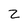
Character: 2